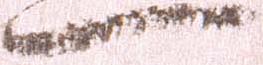
一